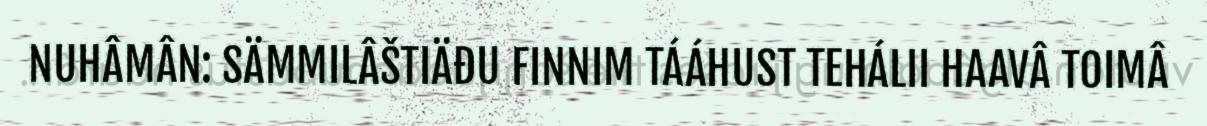
NUHÂMÂN: SÄMMILÂŠTIÄĐU FINNIM TÁÁHUST TEHÁLII HAAVÂ TOIMÂ